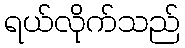
ရယ်လိုက်သည်